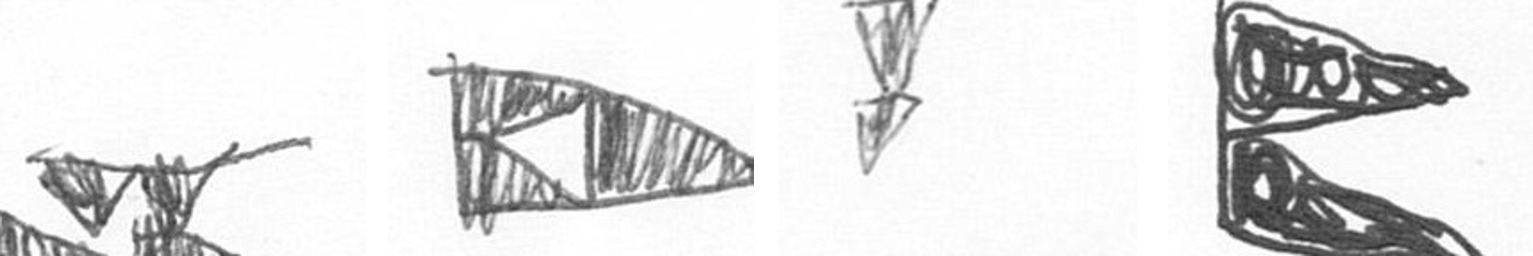
B K Z P